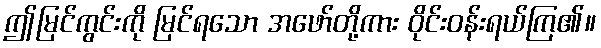
ဤမြင်ကွင်းကို မြင်ရသော အဖော်တို့ကား ဝိုင်းဝန်းရယ်ကြ၏။